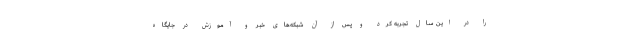
را در این سال تجربه کرد و پس‌ از آن شبکه‌های خبر و آموزش در جایگاه